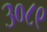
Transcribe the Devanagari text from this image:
३०८९